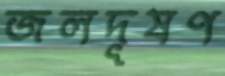
জলদূষণ